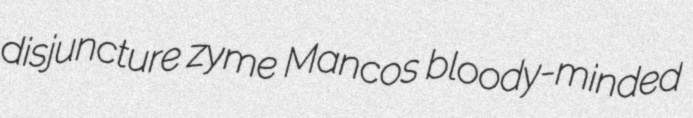
disjuncture zyme Mancos bloody-minded